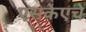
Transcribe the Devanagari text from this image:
एसकेएचे